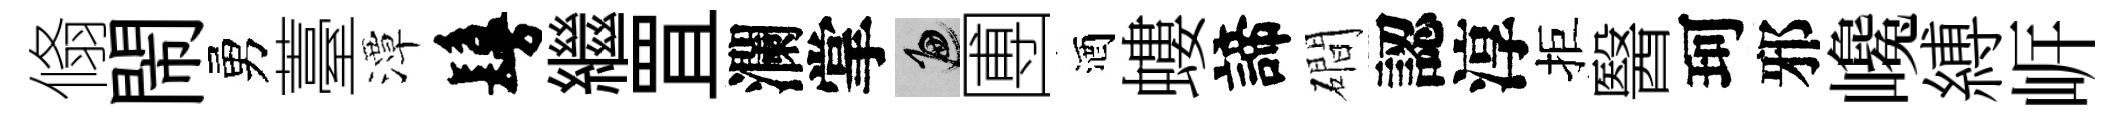
翛閙勇薹潭鬘繼罝瀾掌遍圑酒螻諦磵認淳拒醫珂邪巉縛㟁